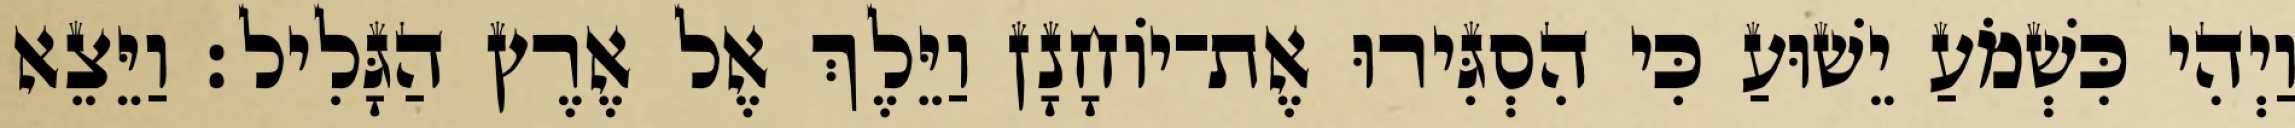
וַיְהִי כִּשְׁמֹעַ יֵשׁוּעַ כִּי הִסְגִּירוּ אֶת־יוֹחָנָן וַיֵּלֶךְ אֶל אֶרֶץ הַגָּלִיל׃ וַיֵּצֵא